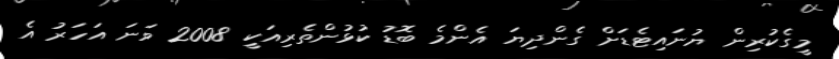
މީގެކުރިން ޔުނައިޓެޑަށް ގެންދިޔަ އެންމެ ބޮޑު ކުޅުންތެރިއަކީ 2008 ވަނަ އަހަރު އެ